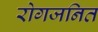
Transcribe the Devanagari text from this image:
रोगजनित